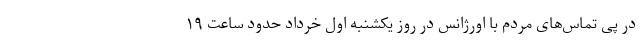
در پی تماس‌های مردم با اورژانس در روز یکشنبه اول خرداد حدود ساعت ۱۹